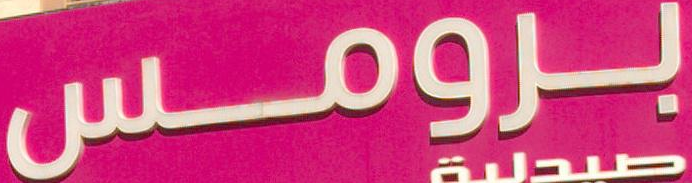
برومس